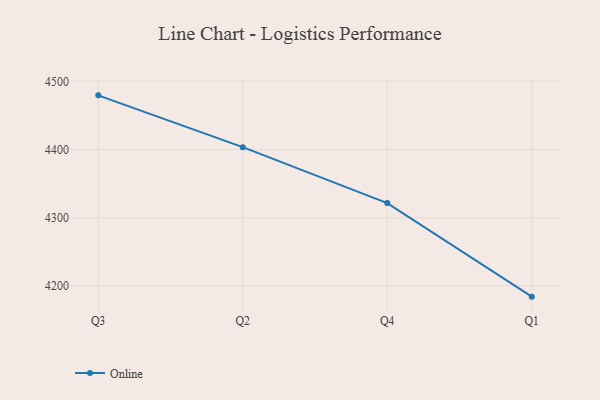
{"axis": {"x": "Quarter", "y": "Latency (ms)"}, "legend": ["Online"], "data": [{"x": "Q3", "y": 4479.4, "type": "Online"}, {"x": "Q2", "y": 4403.4, "type": "Online"}, {"x": "Q4", "y": 4321.4, "type": "Online"}, {"x": "Q1", "y": 4184.2, "type": "Online"}]}